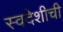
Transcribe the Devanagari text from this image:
स्वदेशीची